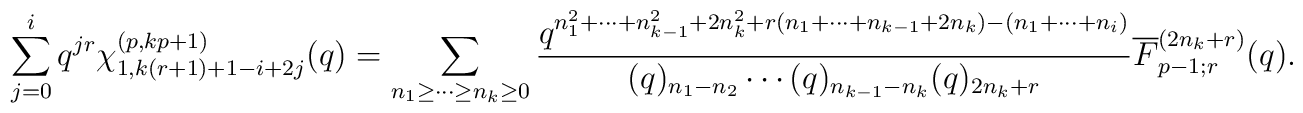
\sum_{j=0}^{i} q^{jr}\chi^{(p,kp+1)}_{1,k(r+1)+1-i+2j}(q)=\displaystyle\sum_{n_1 \geq \cdots \geq n_{k}\geq 0}\frac{q^{n_1^2 +\cdots + n_{k-1}^2 + 2n_k^2        +r(n_1 + \cdots + n_{k-1}+2n_k )        -(n_1 + \cdots + n_i)}}     {(q)_{n_1 - n_2 }\cdots (q)_{n_{k-1}-n_{k}}      (q)_{2n_{k}+r}}\overline{F}^{(2n_k +r)}_{p-1;r}(q).